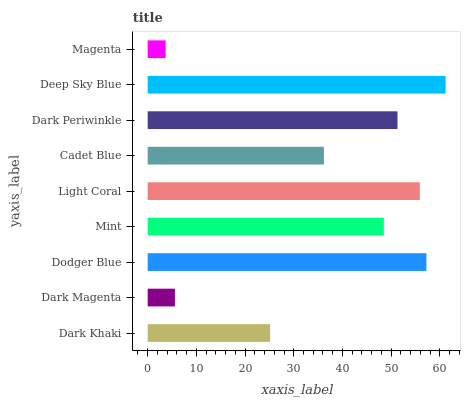
| yaxis_label | bars |
 | --- | --- |
 | Dark Khaki | 25.1 |
 | Dark Magenta | 5.59 |
 | Dodger Blue | 57.2 |
 | Mint | 48.5 |
 | Light Coral | 55.9 |
 | Cadet Blue | 36.2 |
 | Dark Periwinkle | 51.3 |
 | Deep Sky Blue | 61.2 |
 | Magenta | 3.68 |